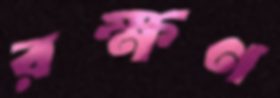
রক্ষণ